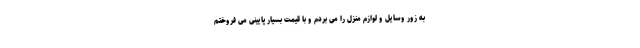
به زور وسایل و لوازم منزل را می بردم و با قیمت بسیار پایینی می فروختم